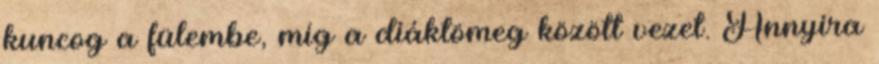
kuncog a fülembe, míg a diáktömeg között vezet. Annyira